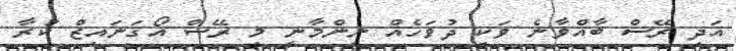
އަދި ރޭސް ބާއްވާނެ ވަކި ދުވަހެއް ނިންމާނީ މި ރޭސް އޯގަނައިޒް ކުރާ